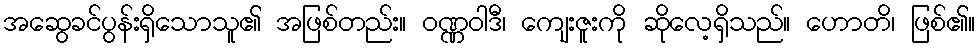
အဆွေခင်ပွန်းရှိသောသူ၏ အဖြစ်တည်း။ ဝဏ္ဏဝါဒီ၊ ကျေးဇူးကို ဆိုလေ့ရှိသည်။ ဟောတိ၊ ဖြစ်၏။